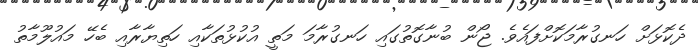
ދެކޮޅަށް ހަނގުރާމަކޮށްފައެވެ. ޖޯން ބުނާގޮތުގައި ހަނގުރާމަ މަތީ އުކުޅުތަކާއި ހަތިޔާރާއި ބެހޭ މައުލޫމާތު